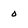
Character: 0